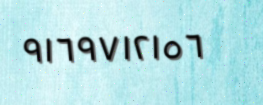
٩١٦٩٧١٢١٥٦